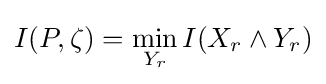
\displaystyle I(P,\zeta )=\min _{Y_{r}}I(X_{r}\land Y_{r})